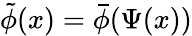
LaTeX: \tilde{\phi}(x)=\bar{\phi}(\Psi(x))